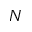
N